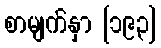
စာမျက်နှာ [၁၉၃]